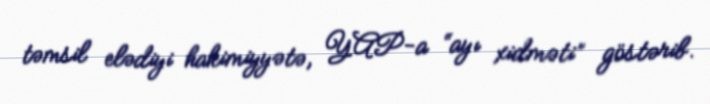
təmsil elədiyi hakimiyyətə, YAP-a “ayı xidməti” göstərib.